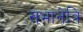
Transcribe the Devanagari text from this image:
सभानेत्रि